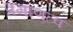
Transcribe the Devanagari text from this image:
प्रमाणत्वं